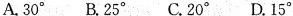
A.30° B.25° C.20° D.15°